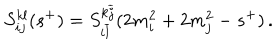
LaTeX: S _ { i j } ^ { k l } ( s ^ { + } ) = S _ { i \overline { { { l } } } } ^ { k \overline { { { j } } } } ( 2 m _ { i } ^ { 2 } + 2 m _ { j } ^ { 2 } - s ^ { + } ) \, .